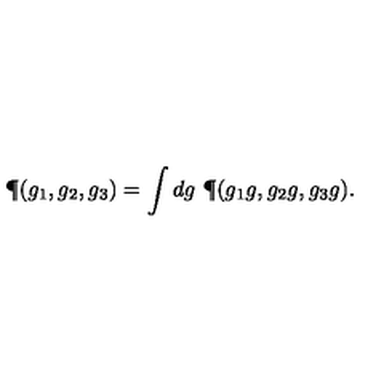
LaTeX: \P ( g _ { 1 } , g _ { 2 } , g _ { 3 } ) = \int d g \ \P ( g _ { 1 } g , g _ { 2 } g , g _ { 3 } g ) .